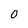
Character: O